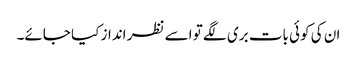
ان کی کوئی بات بری لگے تو اسے نظر انداز کیا جائے۔